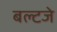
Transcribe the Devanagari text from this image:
बल्टजे